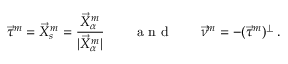
\vec { \tau } ^ { m } = \vec { X } _ { s } ^ { m } = \frac { \vec { X } _ { \alpha } ^ { m } } { | \vec { X } _ { \alpha } ^ { m } | } \qquad \mathrm { ~ a ~ n ~ d ~ } \qquad \vec { \nu } ^ { m } = - ( \vec { \tau } ^ { m } ) ^ { \perp } \, .